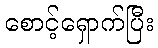
စောင့်ရှောက်ပြီး